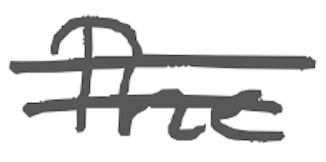
Text: The
Cross-out: mix
Writing tool: digital_gray